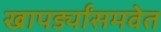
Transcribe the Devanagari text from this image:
खापर्ड्यांसमवेत